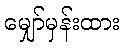
မျှော်မှန်းထား